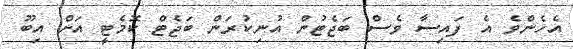
އެހެންވެ އެ ފައިސާ ވެސް ބަޖެޓުން އުނިކުރަން ބަޖެޓް ކޮމެޓީ އަށް އިބޫ